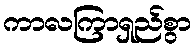
ကာလကြာရှည်စွာ